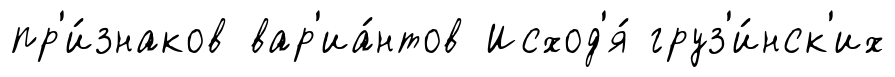
пр'и́знаков вар'иа́нтов Исход'я́ груз'и́нск'их